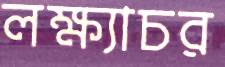
লক্ষ্যাচর